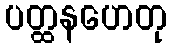
ပတ္ထနဟေတု